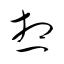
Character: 想